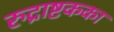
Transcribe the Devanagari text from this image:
रुद्राष्टकका